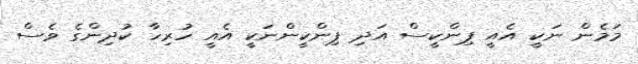
މަމެން ނަކީ އެއީ ޕިންކީސް އަދި ޕިންކީންނަކީ އެއީ ހުރިހާ ކުދިންގެ ވެސް